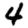
Digit: 4